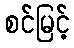
စင်မြင့်